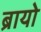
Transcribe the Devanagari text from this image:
ब्रायो